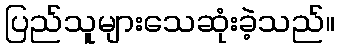
ပြည်သူများသေဆုံးခဲ့သည်။